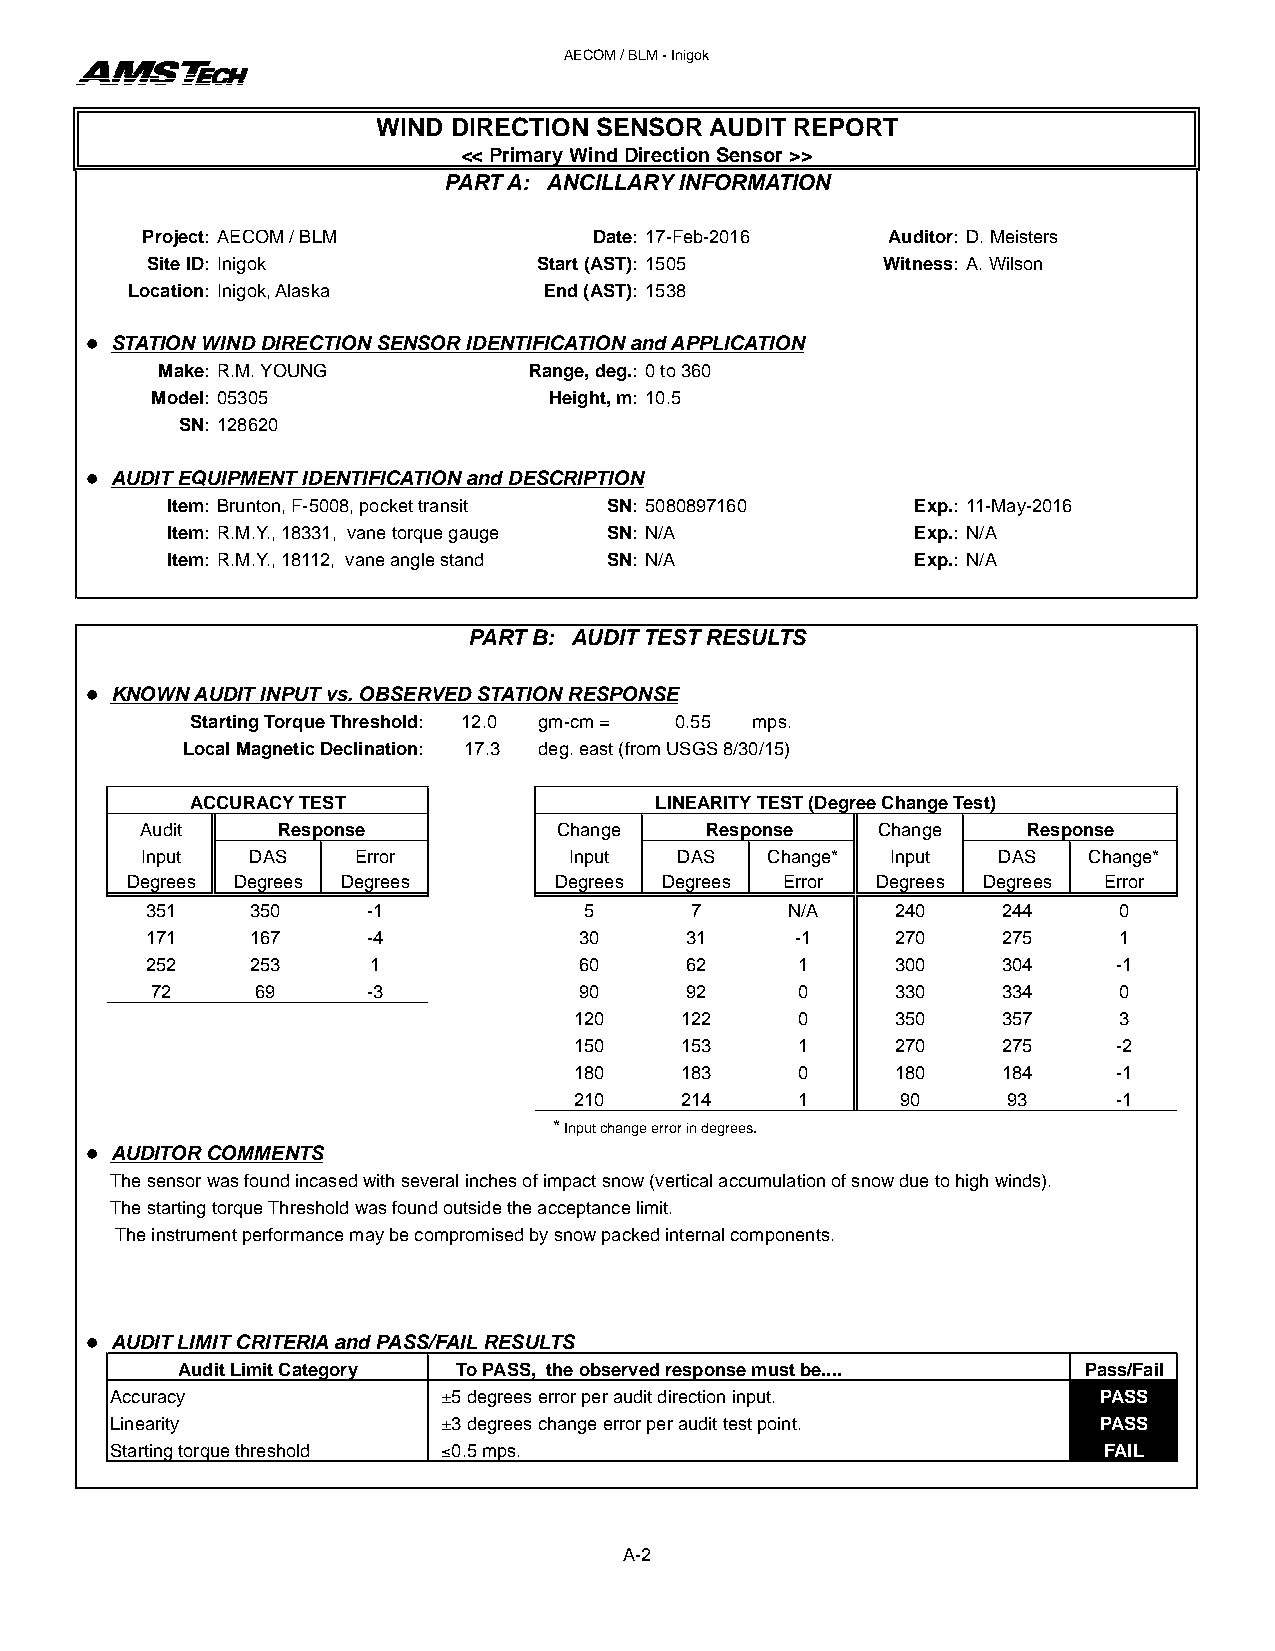
AECOM / BLM - Inigok
 WIND DIRECTION SENSOR AUDIT REPORT
 << Primary Wind Direction Sensor >>
 PART A: ANCILLARY INFORMATION
 Project: AECOM / BLM          Date: 17-Feb-2016   Auditor: D. Meisters
 Site ID: Inigok           Start (AST): 1505     Witness: A. Wilson
 Location: Inigok, Alaska    End (AST): 1538
 l STATION WIND DIRECTION SENSOR IDENTIFICATION and APPLICATION
 Make: R.M. YOUNG         Range, deg.: 0 to 360
 Model: 05305              Height, m: 10.5
 SN: 128620
 l AUDIT EQUIPMENT IDENTIFICATION and DESCRIPTION
 Item: Brunton, F-5008, pocket transit SN: 5080897160 Exp.: 11-May-2016
 Item: R.M.Y., 18331, vane torque gauge SN: N/A    Exp.: N/A
 Item: R.M.Y., 18112, vane angle stand SN: N/A     Exp.: N/A
 PART B: AUDIT TEST RESULTS
 l KNOWN AUDIT INPUT vs. OBSERVED STATION RESPONSE
 Starting Torque Threshold: 12.0 gm-cm = 0.55 mps.
 Local Magnetic Declination: 17.3 deg. east (from USGS 8/30/15)
 ACCURACY TEST                 LINEARITY TEST (Degree Change Test)
 Audit    Response           Change    Response   Change    Response
 Input   DAS   Error          Input  DAS   Change* Input  DAS   Change*
 Degrees Degrees Degrees      Degrees Degrees Error Degrees Degrees Error
 351    350    -1             5      7     N/A    240    244     0
 171    167    -4            30     31      -1    270    275     1
 252    253    1             60     62      1     300    304     -1
 72     69     -3            90     92      0     330    334     0
 120    122     0     350    357     3
 150    153     1     270    275     -2
 180    183     0     180    184     -1
 210    214     1      90     93     -1
 * Input change error in degrees.
 l AUDITOR COMMENTS
 The sensor was found incased with several inches of impact snow (vertical accumulation of snow due to high winds).
 The starting torque Threshold was found outside the acceptance limit.
 The instrument performance may be compromised by snow packed internal components.
 l AUDIT LIMIT CRITERIA and PASS/FAIL RESULTS
 Audit Limit Category To PASS, the observed response must be.... Pass/Fail
 Accuracy              ±5 degrees error per audit direction input. PASS
 Linearity             ±3 degrees change error per audit test point. PASS
 Starting torque threshold ≤0.5 mps.                               FAIL
 A-2